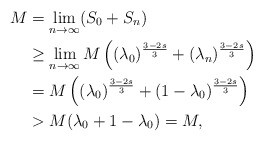
\begin{align*}M&=\lim_{n\rightarrow \infty}(S_0+S_n)\\&\ge\lim_{n\rightarrow \infty}M\left((\lambda_0)^{\frac{3-2s}{3}}+(\lambda_n)^{\frac{3-2s}{3}}\right)\\&= M\left((\lambda_0)^{\frac{3-2s}{3}}+(1-\lambda_0)^{\frac{3-2s}{3}}\right)\\&> M(\lambda_0+1-\lambda_0)=M,\end{align*}